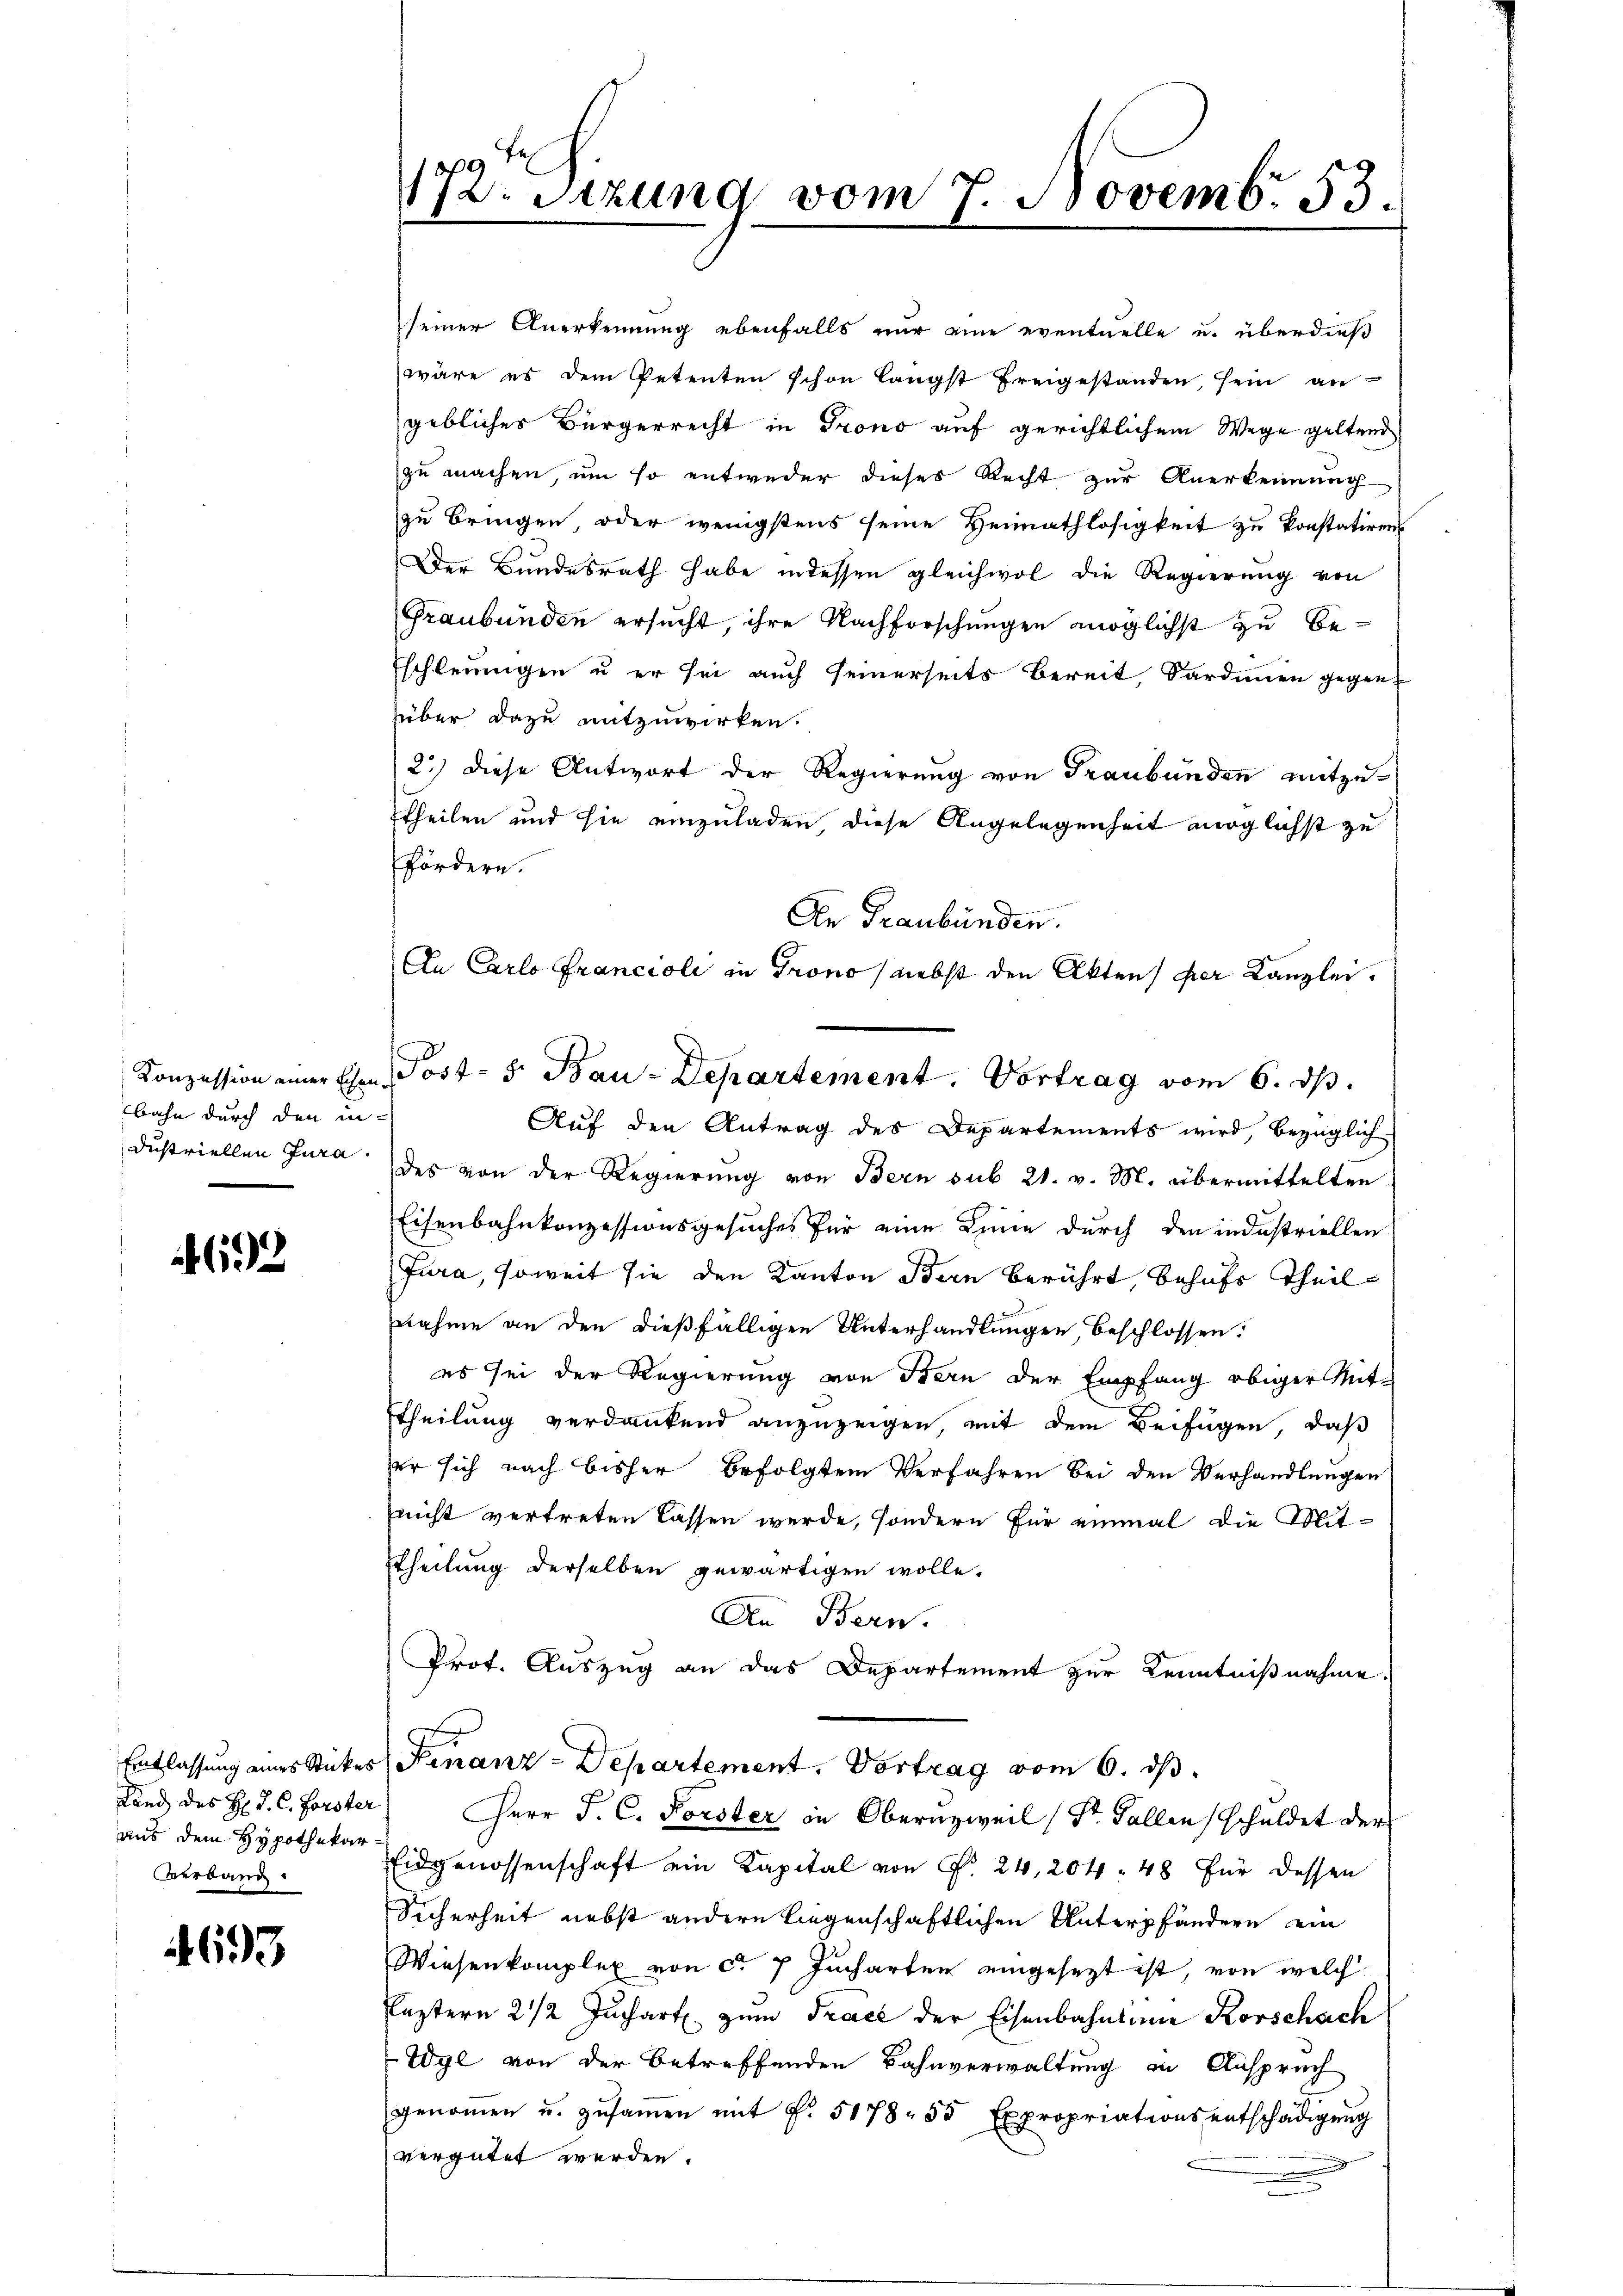
bahn durch den in-

692

aus dem Hypothekar:
Verband.

693

172. Setzung vom 7. Novemb. 83.

seiner Anerkennung ebenfalls nur eine eventuelle u. überdieß
wäre es dem Petenten schon längst freigestanden, sein an
gebliches Bürgerrecht in Trono auf gerichtlichem Wege geltend
zu machen, um so entweder dieses Recht zur Anerkennung
zu bringen, oder wenigstens seine Heimathlosigkeit zu konstatiren
Der Bundesrath habe indessen gleichwol die Regierung von
Graubünden ersucht, ihre Nachforschungen möglichst zu be¬
Eschleunigen u er sei auch seinerseits bereit, Sardinen gegenüber dazu mitzuwirken.
2.) Diese Antwort der Regierung von Graubünden mitzutheilen und sie einzuladen, diese Angelegenheit möglichst zu
fördern.
An Graubünden.
An Carlo Francioli in Grono nebst den Akten der Kanzlei.
Auf den Antrag des Departements wird, bezüglich
dustriellen Jura des von der Regierung von Bern sub 21. v. M. übermittelten
Eisenbahnkonzessionsgesuches für eine Linie durch den industriellen
Jura, soweit sie den Kanton Bern berührt, behufs Theil
nahme an den dießfälligen Unterhandlungen, beschlossen:
es sei der Regierung von Bern der Empfang obiger Mitttheilung verdankend anzuzeigen, mit dem Beifügen, daß
er sich nach bisher befolgtem Verfahren bei den Verhandlungen
nicht vertreten lassen werde, sondern für einmal die Mittheilung derselben gewärtigen wolle.
An Bern.
Prof. Auszug an das Departement zur Kenntnißnahme.
Entlassung eines Stückes Finanz-Departement. Vortrag vom 6. ds.
Land des H. J. C. Forster Herr J. C. Forster in Oberuzweil (St. Gallen schuldet der
Eidgenossenschaft ein Kapital von P. 24, 204. 48 für dessen
Sicherheit nebst andern liegenschaftlichen Unterpfändern ein
Wiesenkomplex von ca 7 Jucharten eingesezt ist, von welch
leztern 2 1/2 Juchart zum Trace der Eisenbahntene Korschach
Wyl von der betreffenden Bahnverwaltung in Anspruch
genoṁen u. zŭsaṁen mit f. 5178. 55 Expropriationsentschädigŭng
vergütet werden.

Konzession einer Ehen Post- 5. Bau-Departement. Vortrag vom 6. ds.